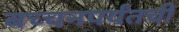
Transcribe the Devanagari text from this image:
बच्चनपर्यंतची